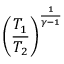
\left( { \frac { T _ { 1 } } { T _ { 2 } } } \right) ^ { \frac { 1 } { \gamma - 1 } }